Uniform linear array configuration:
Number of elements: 32
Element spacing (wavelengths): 0.5
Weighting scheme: blackman
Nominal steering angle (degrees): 15
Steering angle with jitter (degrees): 15.372
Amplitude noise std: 0.05
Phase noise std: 0.05

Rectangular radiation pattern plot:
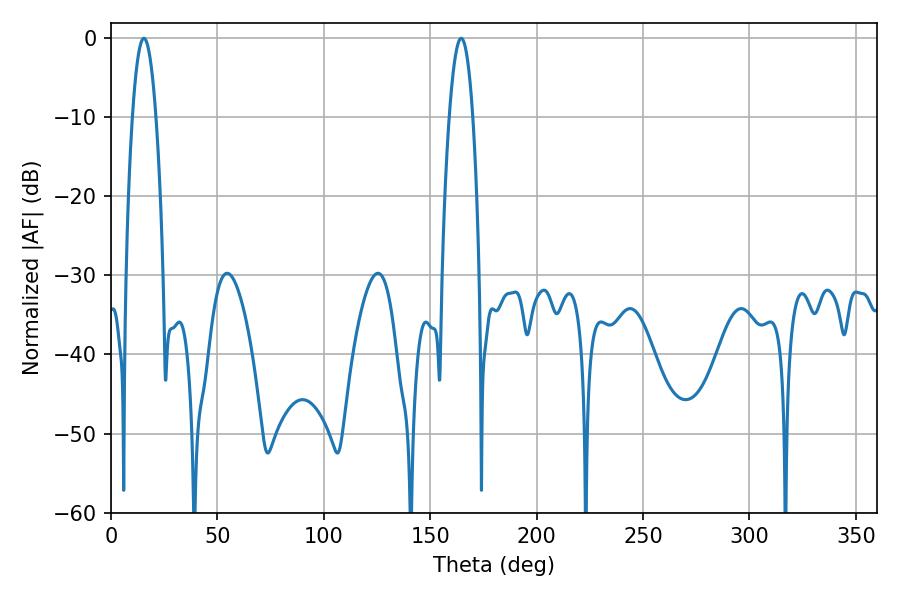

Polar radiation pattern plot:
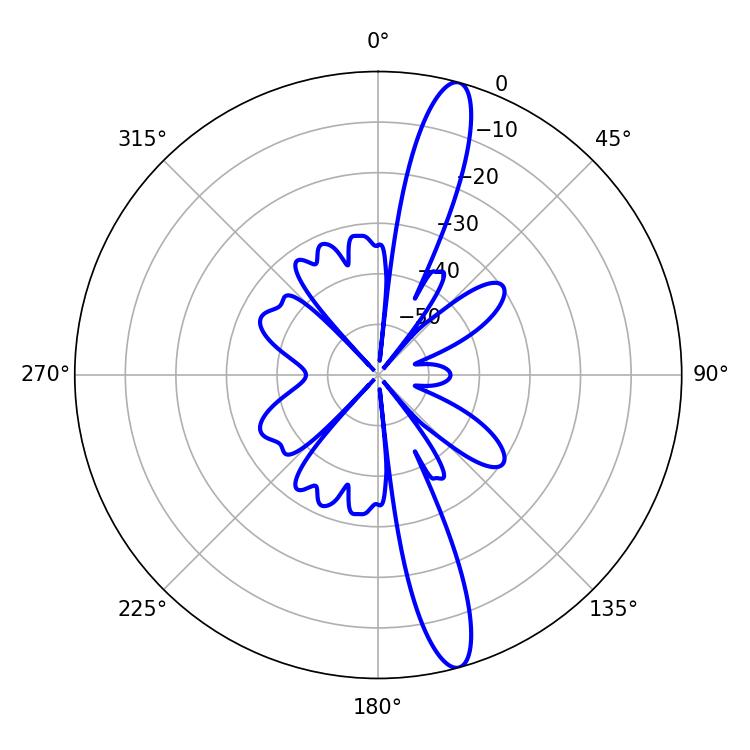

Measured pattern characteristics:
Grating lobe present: FALSE
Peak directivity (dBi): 15.138
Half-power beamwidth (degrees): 6.12
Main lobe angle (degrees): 164.52